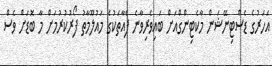
އަހަރުގެ ޑެސްޓިނޭޝަން މާކެޓިންގްއަށް ބައިވެރިވާނެ ފެއާތަކުގެ މައުލޫމާތު ފޯރުކުރުމަށް މާ ބޮޑަށް ވެސް